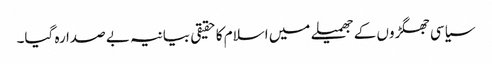
سیاسی جھگڑوں کے جھمیلے میں اسلام کا حقیقی بیانیہ بے صدا رہ گیا۔